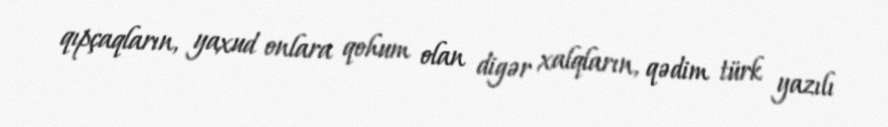
qıpçaqların, yaxud onlara qohum olan digər xalqların, qədim türk yazılı